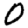
Digit: 0